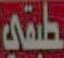
طبقي